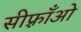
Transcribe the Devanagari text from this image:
सीफ़्राँओ